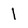
Character: 1